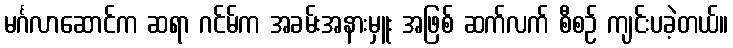
မင်္ဂလာဆောင်က ဆရာ ဂင်မ်က အခမ်းအနားမှူး အဖြစ် ဆက်လက် စီစဉ် ကျင်းပခဲ့တယ်။